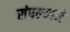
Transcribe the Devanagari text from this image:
संपल्‍याने